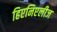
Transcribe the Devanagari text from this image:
हिएनिएलीज